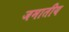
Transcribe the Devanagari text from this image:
जमातीय